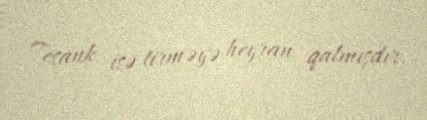
Tesank isə tirməyə heyran qalmışdır.